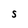
Character: S